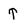
Character: T